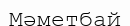
Мәметбай